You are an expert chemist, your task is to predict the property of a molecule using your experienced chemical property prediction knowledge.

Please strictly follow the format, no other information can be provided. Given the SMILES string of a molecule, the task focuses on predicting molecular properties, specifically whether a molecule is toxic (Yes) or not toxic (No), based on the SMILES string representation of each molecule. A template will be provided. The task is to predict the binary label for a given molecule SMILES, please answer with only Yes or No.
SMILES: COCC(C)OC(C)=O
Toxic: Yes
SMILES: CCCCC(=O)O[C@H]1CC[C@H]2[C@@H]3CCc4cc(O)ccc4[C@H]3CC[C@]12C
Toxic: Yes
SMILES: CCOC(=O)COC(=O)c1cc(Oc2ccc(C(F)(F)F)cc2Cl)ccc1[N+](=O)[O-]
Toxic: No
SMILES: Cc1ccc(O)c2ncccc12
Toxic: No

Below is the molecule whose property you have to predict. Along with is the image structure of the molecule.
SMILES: CCCCCCCCCCCCCCCCC(C(=O)O)C(O)(CC(=O)O)C(=O)O
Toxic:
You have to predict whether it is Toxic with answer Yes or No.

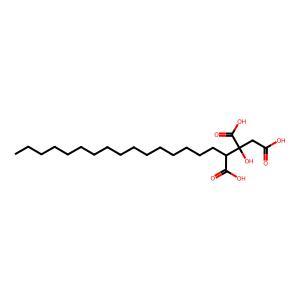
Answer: No